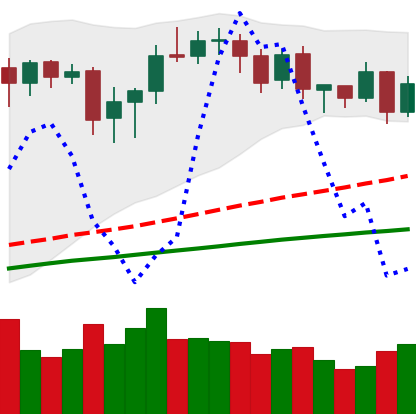
Ticker: BNB-USD
Chart end date: 2020-08-26
Forward return: 4.111%
Label: up_3_5